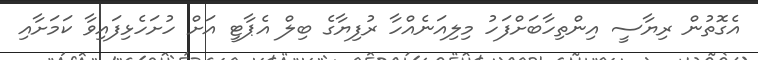
އެގޮތުން ރިޔާސީ އިންތިހާބަށްފަހު މިލިއަނެއްހާ ރުފިޔާގެ ބިލް އެޕާޓީ އަށް ހުށަހެޅިފައިވާ ކަމަށާއި